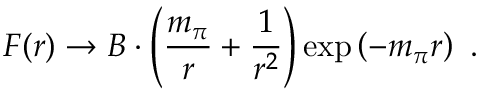
F ( r ) \rightarrow B \cdot \left( \frac { m _ { \pi } } { r } + \frac { 1 } { r ^ { 2 } } \right) \exp \left( - m _ { \pi } r \right) \ .